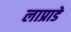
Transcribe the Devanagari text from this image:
लाप्राडे